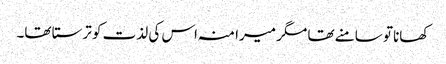
کھانا تو سامنے تھا مگر میرا منہ اس کی لذت کو ترستا تھا۔